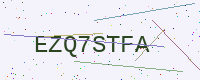
Text: EZQ7STFA